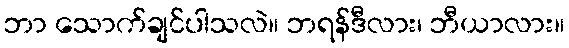
ဘာ သောက်ချင်ပါသလဲ။ ဘရန်ဒီလား၊ ဘီယာလား။